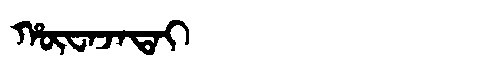
Manchu: ᡥᡡᠸᠠᠵᠠᡨᠠᡳ
Romanization: HŪWAJATAI